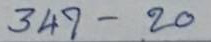
347 - 20